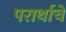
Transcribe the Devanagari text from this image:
परार्थाचे